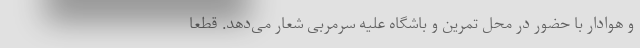
و هوادار با حضور در محل تمرین و باشگاه علیه سرمربی شعار می‌دهد. قطعاً